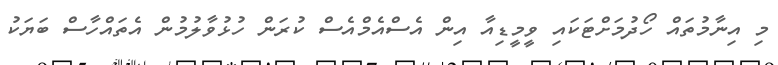
މި އިނާމުތައް ހޯދުމަށްޓަކައި ވީމީޑިއާ އިން އެސްއެމްއެސް ކުރަން ހުޅުވާލުމުން އެތައްހާސް ބަޔަކު